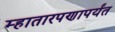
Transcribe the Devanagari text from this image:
म्हातारपणापर्यंत